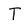
Character: T